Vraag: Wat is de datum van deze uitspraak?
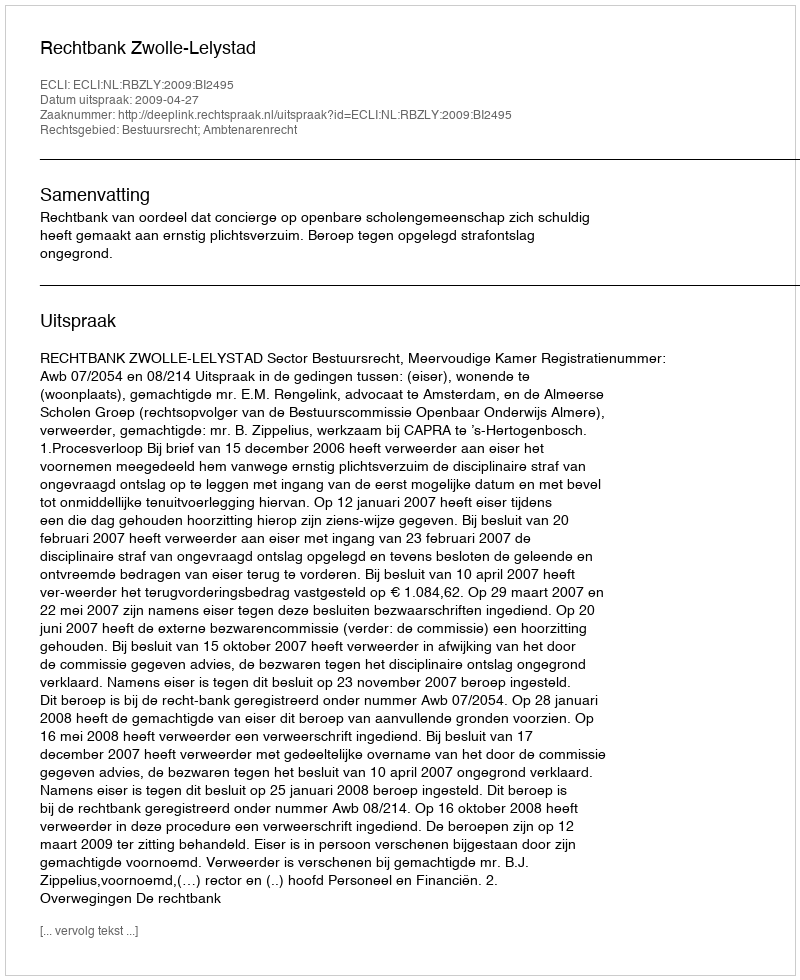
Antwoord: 2009-04-27